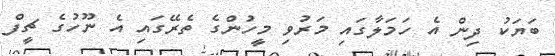
ބަޔަކު ދިން އެ ހަމަލާގައި މަރުވި މީހުންގެ ތެރޭގައި އެ ނޫހުގެ ޗީފް